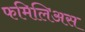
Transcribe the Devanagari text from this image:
फमिलिअस